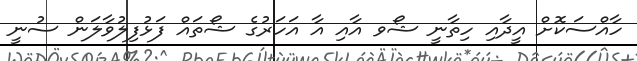
ހާއްސަކޮށް އީދާއި ހިތާނީ ޝޯވ އާއި އާ އަހަރުގެ ޝޯތައް ފަޅުފިލުވާލަން ސުނީ